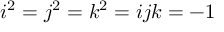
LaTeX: i ^ { 2 } = j ^ { 2 } = k ^ { 2 } = i j k = - 1